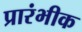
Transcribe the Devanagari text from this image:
प्रारंभीक